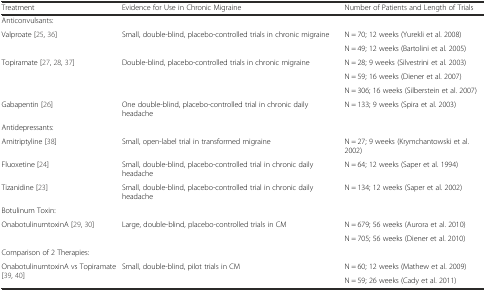
<table><thead><tr><td><b>Treatment</b></td><td><b>Evidence for Use in Chronic Migraine</b></td><td><b>Number of Patients and Length of Trials</b></td></tr></thead><tbody><tr><td>Anticonvulsants:</td><td></td><td></td></tr><tr><td rowspan="2">Valproate [25, 36]</td><td rowspan="2">Small, double-blind, placebo-controlled trials in chronic migraine</td><td>N = 70; 12 weeks (Yurekli et al. 2008)</td></tr><tr><td>N = 49; 12 weeks (Bartolini et al. 2005)</td></tr><tr><td rowspan="3">Topiramate [27, 28, 37]</td><td rowspan="3">Double-blind, placebo-controlled trials in chronic migraine</td><td>N = 28; 9 weeks (Silvestrini et al. 2003)</td></tr><tr><td>N = 59; 16 weeks (Diener et al. 2007)</td></tr><tr><td>N = 306; 16 weeks (Silberstein et al. 2007)</td></tr><tr><td>Gabapentin [26]</td><td>One double-blind, placebo-controlled trial in chronic daily headache</td><td>N = 133; 9 weeks (Spira et al. 2003)</td></tr><tr><td>Antidepressants:</td><td></td><td></td></tr><tr><td>Amitriptyline [38]</td><td>Small, open-label trial in transformed migraine</td><td>N = 27; 9 weeks (Krymchantowski et al. 2002)</td></tr><tr><td>Fluoxetine [24]</td><td>Small, double-blind, placebo-controlled trial in chronic daily headache</td><td>N = 64; 12 weeks (Saper et al. 1994)</td></tr><tr><td>Tizanidine [23]</td><td>Small, double-blind, placebo-controlled trial in chronic daily headache</td><td>N = 134; 12 weeks (Saper et al. 2002)</td></tr><tr><td>Botulinum Toxin:</td><td></td><td></td></tr><tr><td rowspan="2">OnabotulinumtoxinA [29, 30]</td><td rowspan="2">Large, double-blind, placebo-controlled trials in CM</td><td>N = 679; 56 weeks (Aurora et al. 2010)</td></tr><tr><td>N = 705; 56 weeks (Diener et al. 2010)</td></tr><tr><td>Comparison of 2 Therapies:</td><td></td><td></td></tr><tr><td rowspan="2">OnabotulinumtoxinA vs Topiramate [39, 40]</td><td rowspan="2">Small, double-blind, pilot trials in CM</td><td>N = 60; 12 weeks (Mathew et al. 2009)</td></tr><tr><td>N = 59; 26 weeks (Cady et al. 2011)</td></tr></tbody></table>